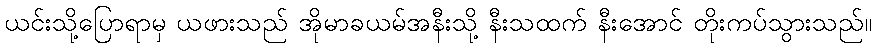
ယင်းသို့ပြောရာမှ ယဖားသည် အိုမာခယမ်အနီးသို့ နီးသထက် နီးအောင် တိုးကပ်သွားသည်။